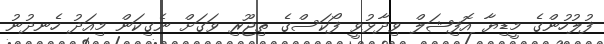
ފުލުހުންގެ މީޑިޔާ އޮފިޝަލް ވިދާޅުވީ ފޯކަސްގެ ތިޖޫރި ވަގަށް ނެގިކަން މިއަދު ހެނދުނު